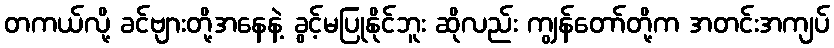
တကယ်လို့ ခင်ဗျားတို့အနေနဲ့ ခွင့်မပြုနိုင်ဘူး ဆိုလည်း ကျွန်တော်တို့က အတင်းအကျပ်